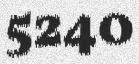
5240